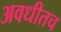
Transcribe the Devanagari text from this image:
अवधीतच